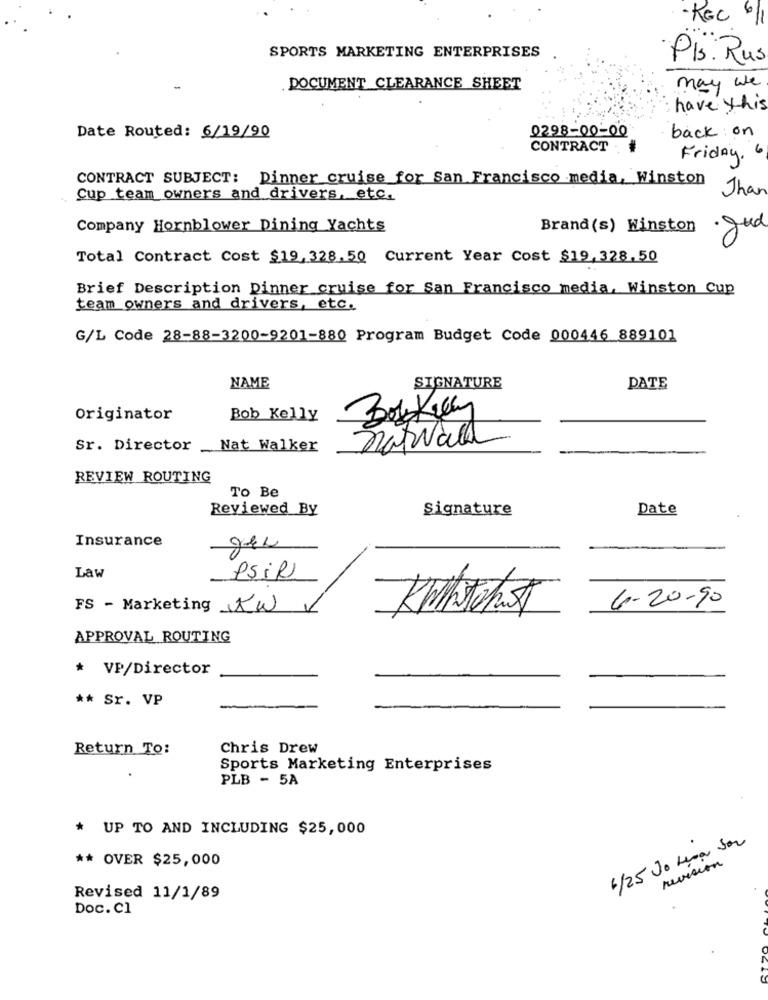
- REC 6/1
SPORTS MARKETING ENTERPRISES
Pls. Rus
DOCUMENT CLEARANCE SHEET
may we
have this
0298-00-00
Date Routed: 6/19/90
back on
CONTRACT
Friday, 6
CONTRACT SUBJECT: Dinner cruise for San Francisco media, Winston
Than
Cup team owners and drivers, etc.
Company Hornblower Dining Yachts
Brand (s) Winston
· gud
Total Contract Cost $19,328.50 Current Year Cost $19,328,50
Brief Description Dinner cruise for San Francisco media, Winston Cup
team owners and drivers, etc.
G/L Code 28-88-3200-9201-880 Program Budget Code 000446 889101
NAME
SIGNATURE
DATE
Originator
Bob Kelly
natwald
Sr. Director
Nat Walker
REVIEW ROUTING
To Be
Reviewed By
Signature
Date
Insurance
Law
PSil
6-20-90
FS - Marketing
KW
APPROVAL ROUTING
* VP/Director
** Sr. VP
Return To:
Chris Drew
Sports Marketing Enterprises
PLB - 5A
* UP TO AND INCLUDING $25,000
6/25 Jo Lera Son
** OVER $25,000
revision
Revised 11/1/89
Doc. Cl